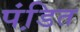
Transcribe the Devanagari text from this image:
पंडि़त